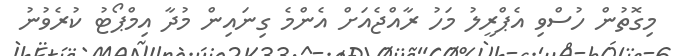
މިގޮތުން ހުސްވި އެޕްރީލު މަހު ރާއްޖެއަށް އެންމެ ގިނައިން މުދާ އިމްޕޯޓު ކުރެވުނު